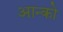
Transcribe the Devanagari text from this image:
आन्को